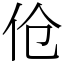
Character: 伧